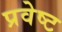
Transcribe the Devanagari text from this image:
प्रवेष्ट